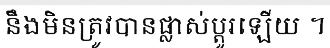
នឹងមិនត្រូវបានផ្លាស់ប្តូរឡើយ ។